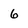
Character: 6